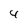
Character: 4